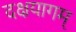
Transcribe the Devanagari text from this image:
दक्षयागम्